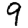
Digit: 9